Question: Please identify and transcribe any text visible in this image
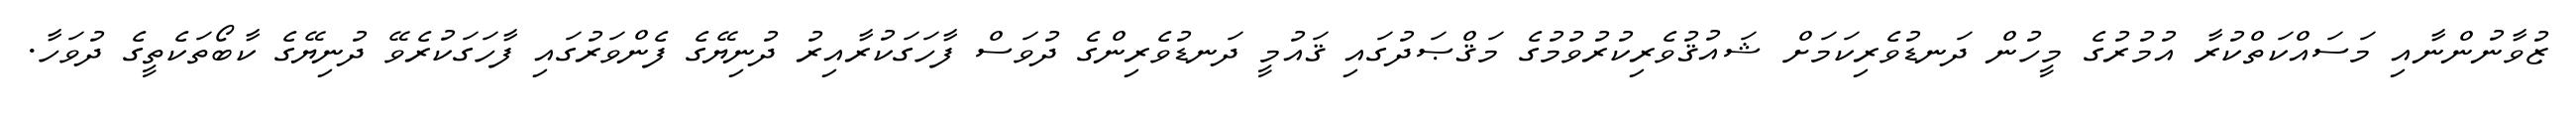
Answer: ޒުވާނުންނާއި މަސައްކަތްކުރާ އުމުރުގެ މީހުން ދަނޑުވެރިކަމަށް ޝައުޤުވެރިކުރުވުމުގެ މަޤްޞަދުގައި ޤައުމީ ދަނޑުވެރިންގެ ދުވަސް ފާހަގަކުރާއިރު ދުނިޔޭގެ ފެންވަރުގައި ފާހަގަކުރެވޭ ދުނިޔޭގެ ކާބޯތަކެތީގެ ދުވަހާ.